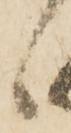
ゝ